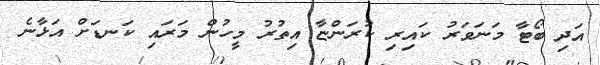
އަދި ބޯޓާ މަނަވަރު ކައިރި ކުރަންޏާ އިތުރު މީހުން މަރައި ކަނޑަށް އަޅާނެ